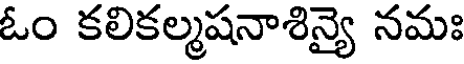
ఓం కలికల్మషనాశిన్యై నమః